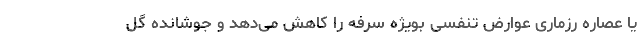
یا عصاره رزماری عوارض تنفسی بویژه سرفه را کاهش می‌دهد و جوشانده گل